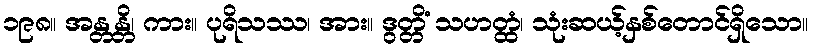
၁၉၈။ အန္တန္တိ၊ ကား။ ပုရိသဿ၊ အား။ ဒွတ္တိံ သဟတ္ထံ၊ သုံးဆယ့်နှစ်တောင်ရှိသော။